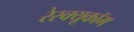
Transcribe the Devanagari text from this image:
रेस्क्यूकॉम